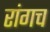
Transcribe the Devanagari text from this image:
रांगच